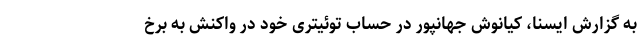
به گزارش ایسنا، کیانوش جهانپور در حساب توئیتری خود در واکنش به برخ